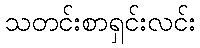
သတင်းစာရှင်းလင်း